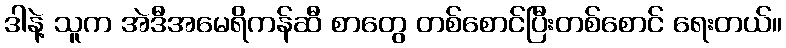
ဒါနဲ့ သူက အဲဒီအမေရိကန်ဆီ စာတွေ တစ်စောင်ပြီးတစ်စောင် ရေးတယ်။